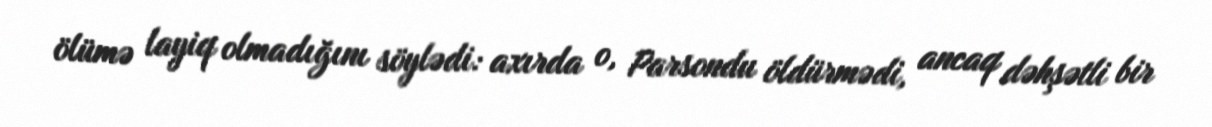
ölümə layiq olmadığını söylədi: axırda o, Parsondu öldürmədi, ancaq dəhşətli bir